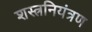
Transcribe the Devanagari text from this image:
शस्त्रनियंत्रण